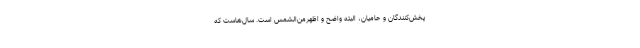
پخش‌کنندگان و حامیان، البته واضح و اظهر‌من‌الشمس است. سال‌هاست که